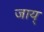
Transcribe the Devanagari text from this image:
जाय्